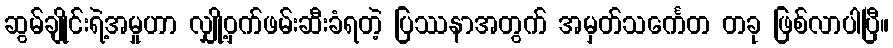
ဆွမ်ချိုင်းရဲ့အမှုဟာ လျှို့ဝှက်ဖမ်းဆီးခံရတဲ့ ပြဿနာအတွက် အမှတ်သင်္ကေတ တခု ဖြစ်လာပါပြီ။